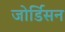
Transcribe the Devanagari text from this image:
जोर्डिसन